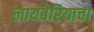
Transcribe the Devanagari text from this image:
लायबेरियाचा